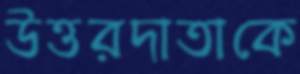
উত্তরদাতাকে